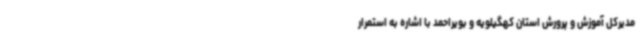
مدیرکل آموزش و پرورش استان کهگیلویه و بویراحمد با اشاره به استمرار